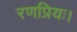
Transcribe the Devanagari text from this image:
रणप्रियः।